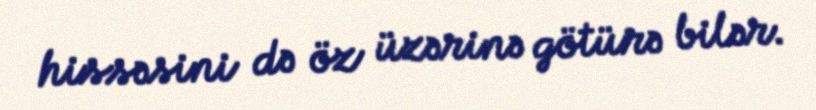
hissəsini də öz üzərinə götürə bilər.